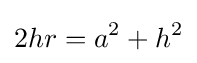
2hr=a^{2}+h^{2}